Scottish Leaving Certificate Examination, 1954
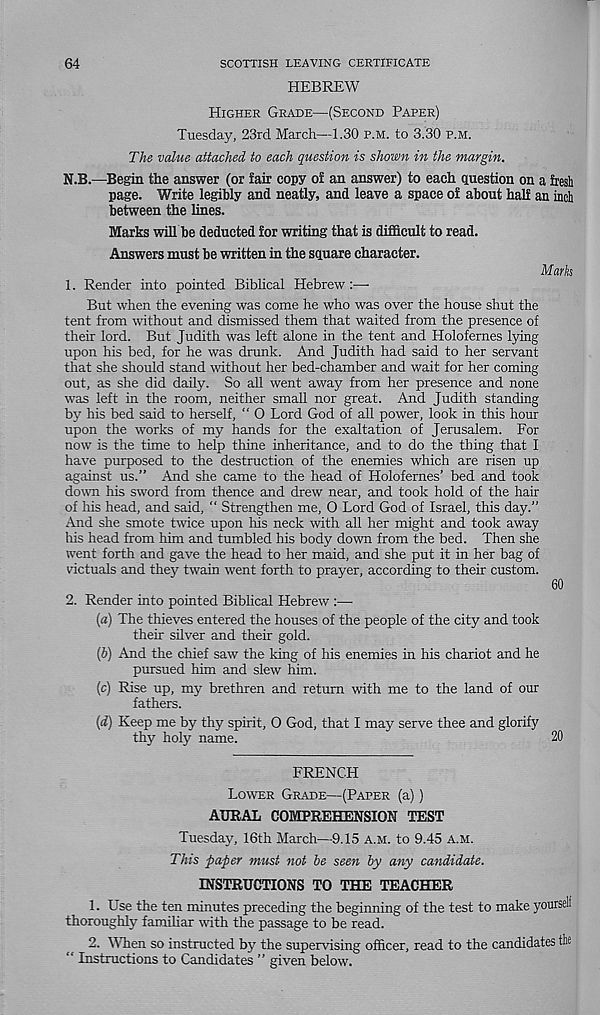
64
SCOTTISH LEAVING CERTIFICATE
HEBREW
Higher Grade—(Second Paper)
Tuesday, 23rd March—1.30 p.m. to 3.30 p.m.
The value attached to each question is shown in the margin.
N.B.—Begin the answer (or fair copy of an answer) to each question on a fresh
page. Write legibly and neatly, and leave a space of about half an inch
between the lines.
Marks will be deducted for writing that is difficult to read.
Answers must be written in the square character.
Marks
1. Render into pointed Biblical Hebrew :—•
But when the evening was come he who was over the house shut the
tent from without and dismissed them that waited from the presence of
their lord. But Judith was left alone in the tent and Holofernes lying
upon his bed, for he was drunk. And Judith had said to her servant
that she should stand without her bed-chamber and wait for her coming
out, as she did daily. So all went away from her presence and none
was left in the room, neither small nor great. And Judith standing
by his bed said to herself, “ 0 Lord God of all power, look in this hour
upon the works of my hands for the exaltation of Jerusalem. For
now is the time to help thine inheritance, and to do the thing that I
have purposed to the destruction of the enemies which are risen up
against us.” And she came to the head of Holofemes’ bed and took
down Ms sword from thence and drew near, and took hold of the hair
of his head, and said, “ Strengthen me, 0 Lord God of Israel, this day.”
And she smote twice upon his neck with all her might and took away
Ms head from him and tumbled his bodjr down from the bed. Then she
went forth and gave the head to her maid, and she put it in her bag of
victuals and they twain went forth to prayer, according to their custom.
60
2. Render into pointed Biblical Hebrew :—■
(«) The thieves entered the houses of the people of the city and took
their silver and their gold.
(6) And the chief saw the king of his enemies in his chariot and he
pursued him and slew him.
(c) Rise up, my brethren and return with me to the land of our
fathers.
(iZ) Keep me by thy spirit, O God, that I may serve thee and glorify
thy holy name.
20
FRENCH
Lower Grade—(Paper (a))
AURAL COMPREHENSION TEST
Tuesday, 16th March—9.15 a.m. to 9.45 a.m.
This paper must not be seen by any candidate.
INSTRUCTIONS TO THE TEACHER
1. Lse the ten minutes preceding the beginning of the test to make yourself
thorougHy familiar with the passage to be read.
2. When so instructed by the supervising officer, read to the candidates the
“ Instructions to Candidates ” given below.